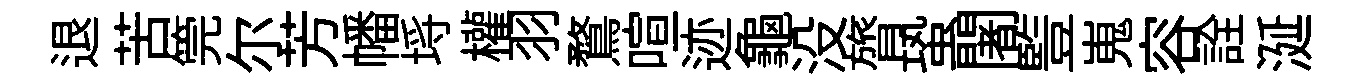
退苦筦尔芳幡埓權羽鶩喧迹龜没膂蛩闍䜿嵬容詮涎